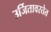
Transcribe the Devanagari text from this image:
उर्जितावस्तेत